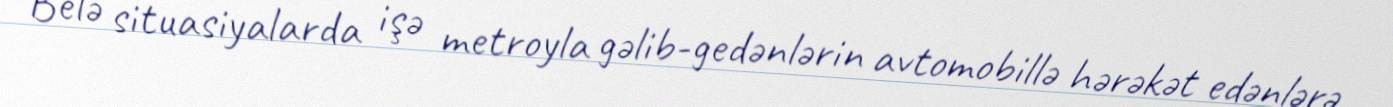
Belə situasiyalarda işə metroyla gəlib-gedənlərin avtomobillə hərəkət edənlərə